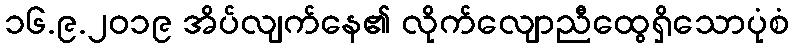
၁၆.၉.၂၀၁၉ အိပ်လျက်နေ၏ လိုက်လျောညီထွေရှိသောပုံစံ